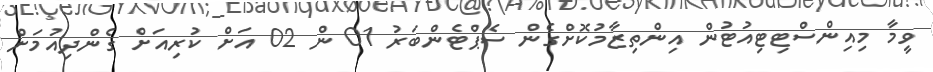
ވީމާ މިއިންސްޓިޓިއުޓުން އިންތިޒާމުކޮށްގެން ސެޕްޓެންބަރު 01 ން 02 އަށް ކުރިއަށް ގެންދިއުމަށް